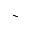
\sim